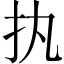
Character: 𢩾